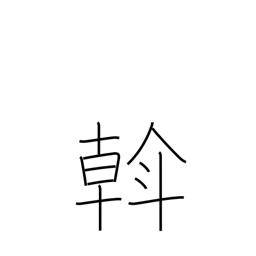
Meaning: rule